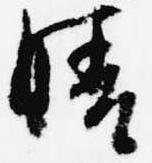
晴